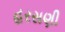
હરસણી